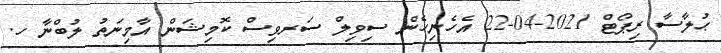
ޙުލާސާ ރިޕޯޓް 2021-04-22 އެހެނިހެން ސިވިލް ސަރވިސް ކޮމިޝަން އާމިނަތު ލުބްނާ ހ.